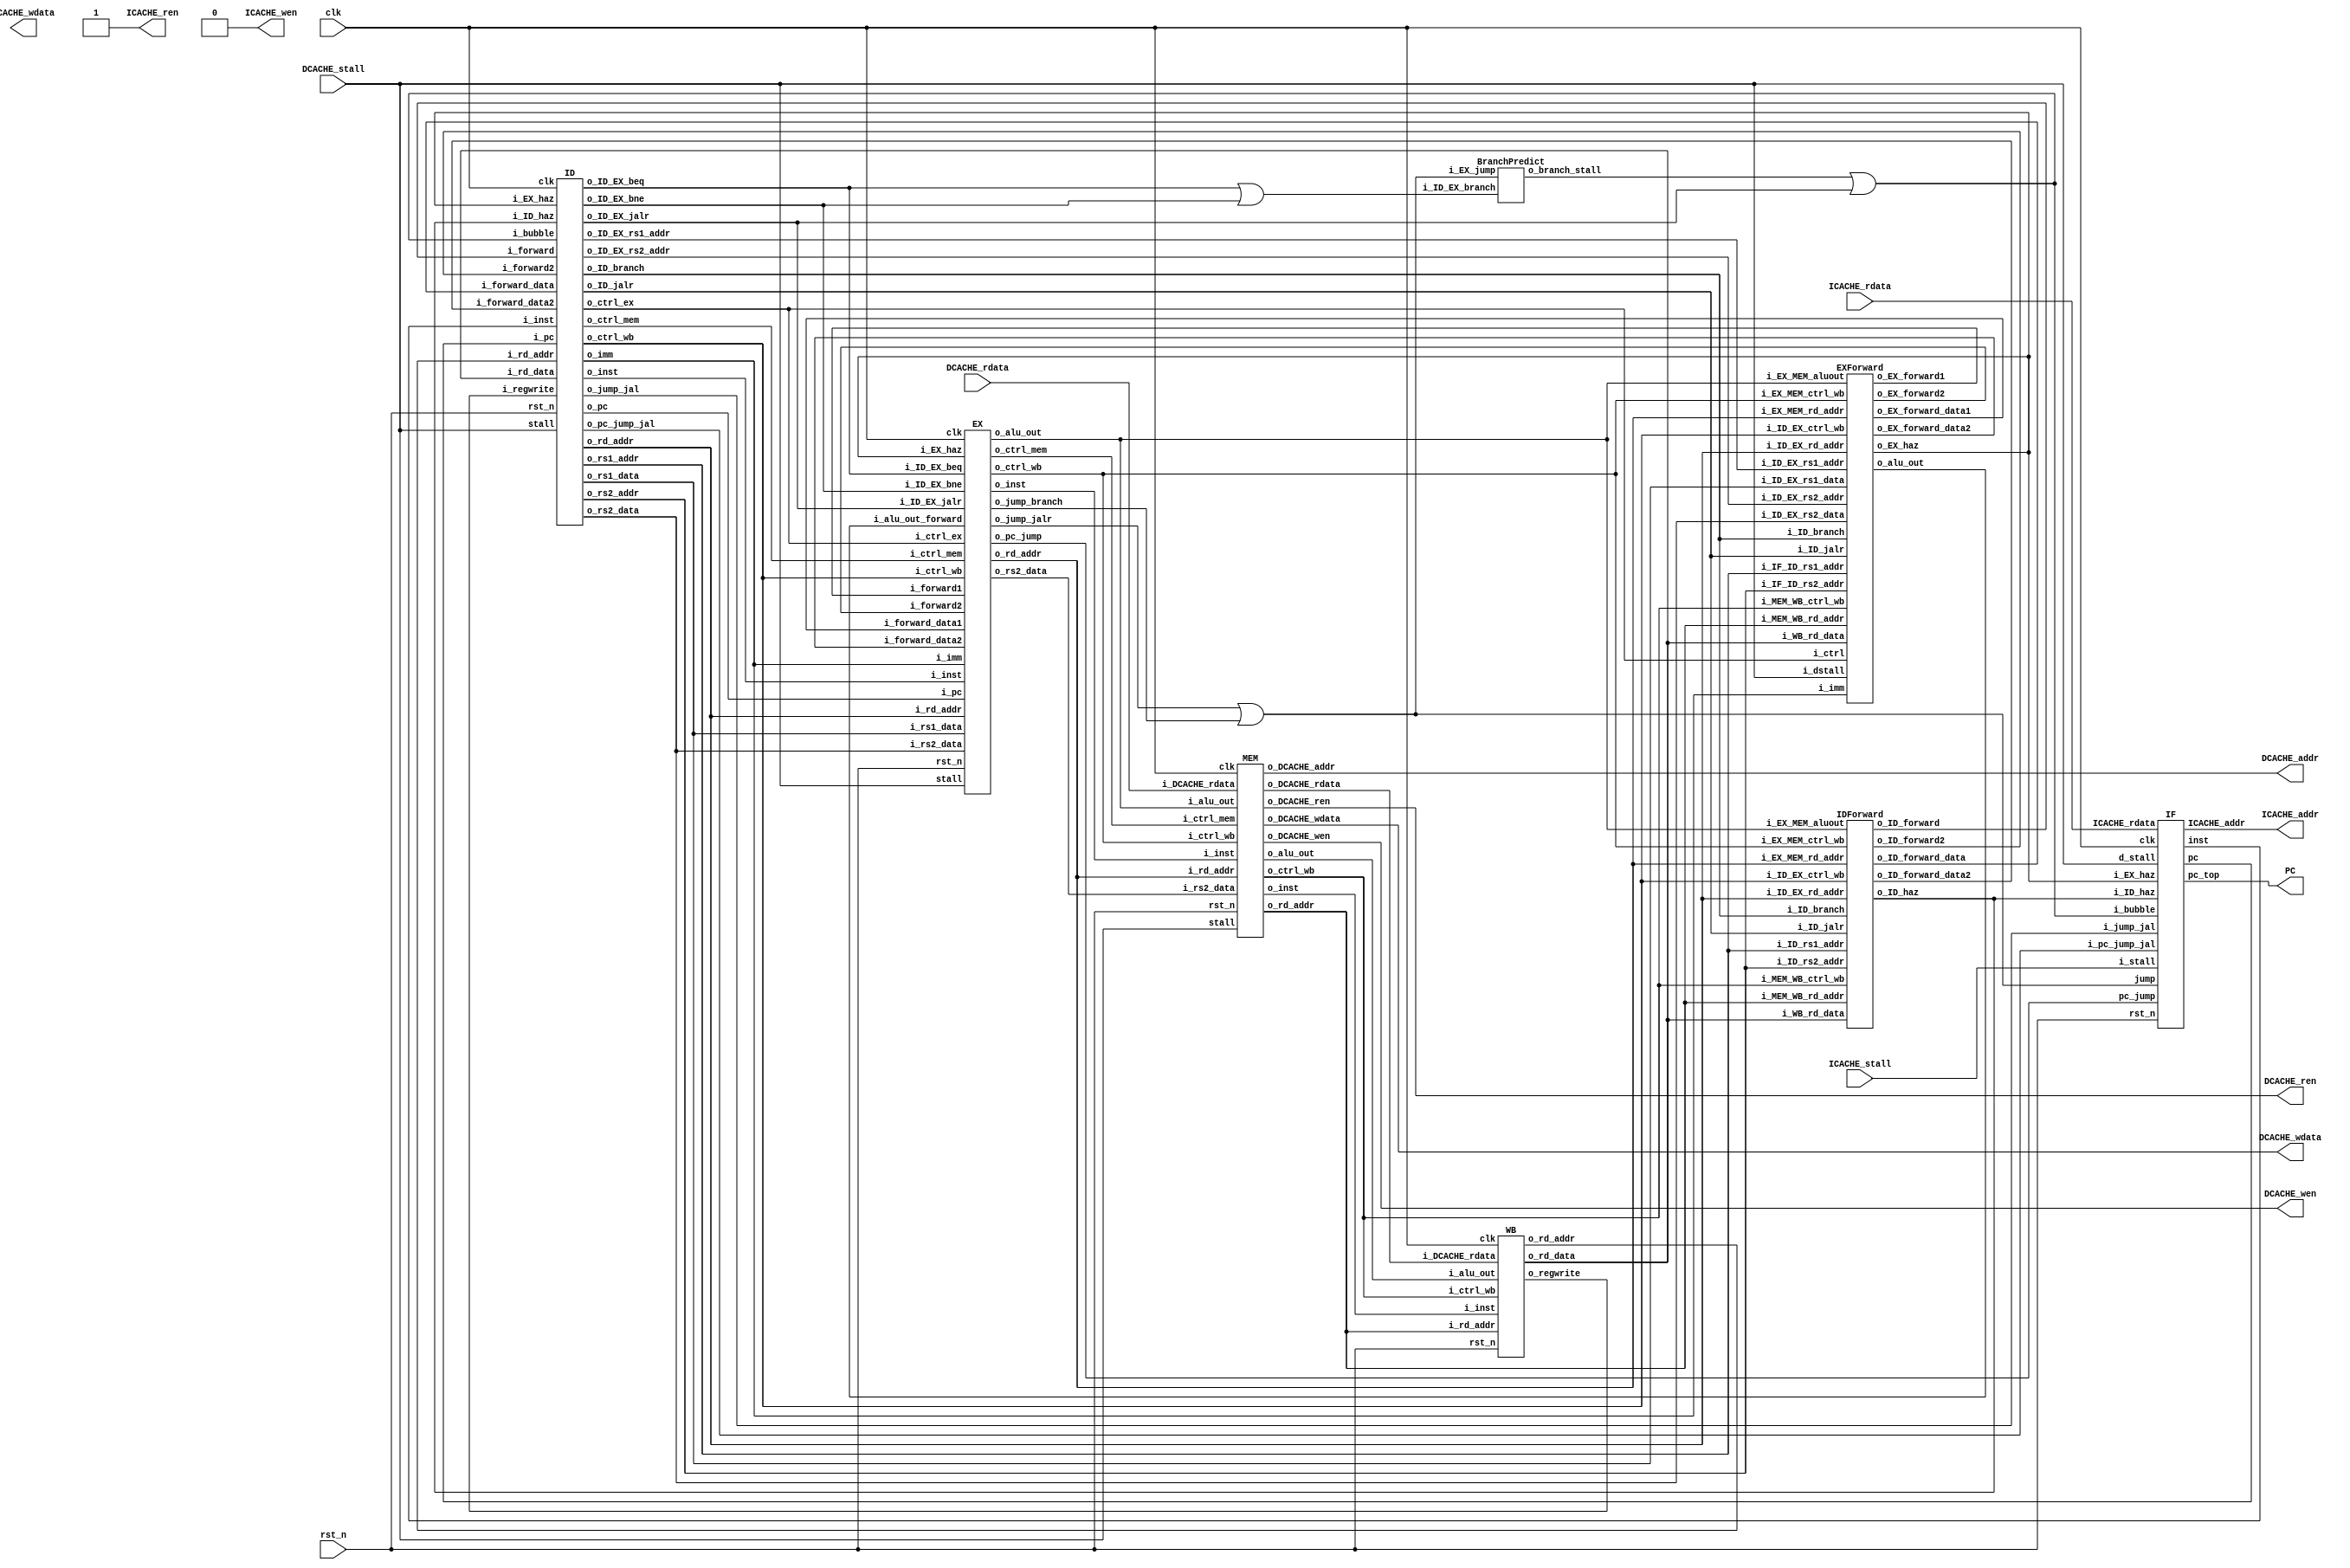
module RISCV_Pipeline (
		// control interface
		clk            ,
		rst_n          ,
//---------I cache interface-------		
		ICACHE_ren     ,
		ICACHE_wen     ,
		ICACHE_addr    ,
		ICACHE_wdata   ,
		ICACHE_stall   ,
		ICACHE_rdata   ,
//---------D cache interface-------
		DCACHE_ren     ,
		DCACHE_wen     ,
		DCACHE_addr    ,
		DCACHE_wdata   ,
		DCACHE_stall   ,
		DCACHE_rdata   ,
        PC
);

input         clk, rst_n ;
// for mem_D
output        DCACHE_wen  ;  // mem_wen_D is high, CHIP writes data to D-mem
output        DCACHE_ren  ;
input         DCACHE_stall;
output [29:0] DCACHE_addr ;  // the specific address to fetch/store data 
output [31:0] DCACHE_wdata;  // data writing to D-mem 
input  [31:0] DCACHE_rdata;  // data reading from D-mem
// for mem_I
output        ICACHE_wen  ;
output        ICACHE_ren  ;
input         ICACHE_stall;
output [29:0] ICACHE_addr ;
output [31:0] ICACHE_wdata;
input  [31:0] ICACHE_rdata;
output [31:0] PC;

assign ICACHE_ren = 1;
assign ICACHE_wen = 0;

//---------module instantiation and module wire definition-------
wire [31:0] pc_IF_ID,inst_IF_ID;
wire [31:0] pc_jump;
wire haz_ID;
//assign haz_ID = 0;
wire EX_haz;
wire branch_stall;
wire IDIF_bubble;
wire [31:0] pc_jump_jal;
wire jump_jal;
wire jump ;
//wire ID_EX_bubble;
IF instfetch(
    .clk(clk),
    .rst_n(rst_n),
    .pc_jump(pc_jump),
    .ICACHE_addr(ICACHE_addr),
    .pc(pc_IF_ID),
    .inst(inst_IF_ID),
    .jump(jump),
    .ICACHE_rdata(ICACHE_rdata),
    .i_stall(ICACHE_stall),
    .d_stall(DCACHE_stall),
    .i_ID_haz(haz_ID),
    .i_EX_haz(EX_haz),
    .pc_top(PC),
    .i_bubble(IDIF_bubble),
    .i_pc_jump_jal(pc_jump_jal),
    .i_jump_jal(jump_jal)
);

wire [31:0] pc_ID_EX;
wire [31:0] imm_ID_EX;
wire [31:0] rs1_ID_EX,rs2_ID_EX;
wire [4:0] rd_addr_WB_ID;
wire [31:0] rd_data_WB_ID;
wire [4:0] rd_ID_EX;
wire [1:0] ctrl_wb_EX_MEM,ctrl_wb_ID_EX,ctrl_wb_MEM_WB;
wire [1:0] ctrl_mem_EX_MEM,ctrl_mem_ID_EX;
wire [5:0] ctrl_ex_ID_EX;
wire [4:0] rs1_addr_ID,rs2_addr_ID;
wire [31:0] forward_data_ID,forward_data_ID2;
wire forward_ID,forward_ID2;
wire ID_jalr,ID_branch;
wire [4:0] ID_EX_rs1_addr,ID_EX_rs2_addr;
wire [31:0] inst_ID_EX,inst_EX_MEM,inst_MEM_WB;

wire ID_EX_branch; 
BranchPredict branchpre(
    .i_ID_EX_branch(ID_EX_branch),
    .i_EX_jump(jump),
    .o_branch_stall(branch_stall)
);

wire ID_EX_jalr;

ID instdec(
    .clk(clk),
    .rst_n(rst_n),
    .i_inst(inst_IF_ID),
    .i_pc(pc_IF_ID),
    .o_pc(pc_ID_EX),
    .o_imm(imm_ID_EX),
    .o_rs1_data(rs1_ID_EX),
    .o_rs2_data(rs2_ID_EX),
    .i_rd_addr(rd_addr_WB_ID),
    .i_rd_data(rd_data_WB_ID),
    .o_rd_addr(rd_ID_EX),
    .o_ctrl_wb(ctrl_wb_ID_EX),
    .o_ctrl_mem(ctrl_mem_ID_EX),
    .o_ctrl_ex(ctrl_ex_ID_EX),
    .i_regwrite(regwrite_WB_ID),
    //.o_jump(jump),
    //.o_pc_jump(pc_jump),
    .stall(DCACHE_stall),
    .o_rs1_addr(rs1_addr_ID),
    .o_rs2_addr(rs2_addr_ID),
    .i_ID_haz(haz_ID),
    .i_forward(forward_ID),
    .i_forward_data(forward_data_ID),
    .i_forward2(forward_ID2),
    .i_forward_data2(forward_data_ID2),
    .o_ID_jalr(ID_jalr),
    .o_ID_EX_rs1_addr(ID_EX_rs1_addr),
    .o_ID_EX_rs2_addr(ID_EX_rs2_addr),
    .i_EX_haz(EX_haz),
    .o_inst(inst_ID_EX),//debug
    .o_ID_branch(ID_branch),
    .i_bubble(IDIF_bubble),
    .o_ID_EX_beq(ID_EX_beq),
    .o_ID_EX_bne(ID_EX_bne),
    .o_ID_EX_jalr(ID_EX_jalr),
    .o_jump_jal(jump_jal),
    .o_pc_jump_jal(pc_jump_jal)
    //.o_ID_EX_bubble(ID_EX_bubble)
);

wire [4:0] rd_EX_MEM;
wire [31:0] alu_EX_MEM;
wire [31:0] rs2_EX_MEM;
wire EX_stall;
wire EX_forward1,EX_forward2;
wire [31:0] EX_forward_data1,EX_forward_data2;
wire [31:0] alu_out_forward;

EX exe(
    .clk(clk),
    .rst_n(rst_n),
    //from ID
    .i_pc(pc_ID_EX),
    .i_imm(imm_ID_EX),
    .i_rs1_data(rs1_ID_EX),
    .i_rs2_data(rs2_ID_EX),
    .i_rd_addr(rd_ID_EX),
    .i_ctrl_wb(ctrl_wb_ID_EX),
    .i_ctrl_mem(ctrl_mem_ID_EX),
    .i_ctrl_ex(ctrl_ex_ID_EX),
    //to MEM
    .o_ctrl_mem(ctrl_mem_EX_MEM),
    .o_ctrl_wb(ctrl_wb_EX_MEM),
    .o_rd_addr(rd_EX_MEM),
    .o_alu_out(alu_EX_MEM),
    .o_rs2_data(rs2_EX_MEM),
    .stall(DCACHE_stall),
    //from EXforward
    .i_forward_data1(EX_forward_data1),
    .i_forward_data2(EX_forward_data2),
    .i_forward1(EX_forward1),
    .i_forward2(EX_forward2),
    .i_EX_haz(EX_haz),
    .i_inst(inst_ID_EX),
    .o_inst(inst_EX_MEM),
    .i_ID_EX_beq(ID_EX_beq),
    .i_ID_EX_bne(ID_EX_bne),
    .i_ID_EX_jalr(ID_EX_jalr),
    .o_pc_jump(pc_jump),
    .o_jump_jalr(jump_jalr),
    .o_jump_branch(jump_branch),
    .i_alu_out_forward(alu_out_forward)
    //.i_ID_EX_bubble(ID_EX_bubble)
);
assign jump = (jump_jalr || jump_branch);

assign IDIF_bubble = (branch_stall || ID_EX_jalr);
assign ID_EX_branch = (ID_EX_beq || ID_EX_bne);
wire [4:0] rd_MEM_WB;
wire [31:0] alu_MEM_WB;
wire [31:0] mem_MEM_WB;
wire MEM_stall;
MEM mem0(
    .clk(clk),
    .rst_n(rst_n),
    //from EX
    .i_ctrl_mem(ctrl_mem_EX_MEM),
    .i_ctrl_wb(ctrl_wb_EX_MEM),
    .i_rd_addr(rd_EX_MEM),
    .i_alu_out(alu_EX_MEM),
    .i_rs2_data(rs2_EX_MEM),
    //to WB
    .o_ctrl_wb(ctrl_wb_MEM_WB),
    .o_rd_addr(rd_MEM_WB),
    .o_alu_out(alu_MEM_WB),
    .o_DCACHE_rdata(mem_MEM_WB),
    //D cache
    .o_DCACHE_wen(DCACHE_wen),
    .o_DCACHE_addr(DCACHE_addr),
    .o_DCACHE_wdata(DCACHE_wdata),
    .i_DCACHE_rdata(DCACHE_rdata),
    .o_DCACHE_ren(DCACHE_ren),
    .stall(DCACHE_stall),
    .i_inst(inst_EX_MEM),
    .o_inst(inst_MEM_WB)
);

WB writeback(
    .clk(clk),
    .rst_n(rst_n),
    //from MEM
    .i_ctrl_wb(ctrl_wb_MEM_WB),
    .i_rd_addr(rd_MEM_WB),
    .i_alu_out(alu_MEM_WB),
    .i_DCACHE_rdata(mem_MEM_WB),
    //to ID
    .o_regwrite(regwrite_WB_ID),
    .o_rd_addr(rd_addr_WB_ID),
    .o_rd_data(rd_data_WB_ID),
    .i_inst(inst_MEM_WB)
);

IDForward idforwd(
    .i_ID_EX_rd_addr(rd_ID_EX),
    .i_ID_EX_ctrl_wb(ctrl_wb_ID_EX),//{memtoreg,regwrite}
    .i_EX_MEM_aluout(alu_EX_MEM),
    .i_EX_MEM_rd_addr(rd_EX_MEM),
    .i_MEM_WB_rd_addr(rd_MEM_WB),
    .i_EX_MEM_ctrl_wb(ctrl_wb_EX_MEM),
    .i_MEM_WB_ctrl_wb(ctrl_wb_MEM_WB),
    .i_WB_rd_data(rd_data_WB_ID),
    .i_ID_rs1_addr(rs1_addr_ID),
    .i_ID_rs2_addr(rs2_addr_ID),
    .o_ID_forward_data(forward_data_ID), //use this data as rs1 if o_ID_forward = 1
    .o_ID_forward(forward_ID),
    .o_ID_forward2(forward_ID2),
    .o_ID_forward_data2(forward_data_ID2),
    .i_ID_jalr(ID_jalr),
    .i_ID_branch(ID_branch),
    .o_ID_haz(haz_ID)  // need to repeat in IF.ID, and add bubble to EX 
);

EXForward exforwd(
    .i_ID_EX_rs1_addr(ID_EX_rs1_addr),
    .i_ID_EX_rs2_addr(ID_EX_rs2_addr),
    .i_EX_MEM_rd_addr(rd_EX_MEM),
    .i_MEM_WB_rd_addr(rd_MEM_WB),
    .i_EX_MEM_ctrl_wb(ctrl_wb_EX_MEM),//{memtoreg,regwrite}
    .i_MEM_WB_ctrl_wb(ctrl_wb_MEM_WB),
    .i_EX_MEM_aluout(alu_EX_MEM),
    .i_WB_rd_data(rd_data_WB_ID),
    .o_EX_forward1(EX_forward1),
    .o_EX_forward2(EX_forward2),
    .o_EX_forward_data1(EX_forward_data1),
    .o_EX_forward_data2(EX_forward_data2),
    .o_EX_haz(EX_haz),
    .i_ID_EX_ctrl_wb(ctrl_wb_ID_EX),
    .i_ID_jalr(ID_jalr),
    .i_ID_branch(ID_branch),
    .i_ID_EX_rd_addr(rd_ID_EX),
    .i_IF_ID_rs1_addr(rs1_addr_ID),
    .i_IF_ID_rs2_addr(rs2_addr_ID),
    .i_dstall(DCACHE_stall),
    .i_ID_EX_rs1_data(rs1_ID_EX),
    .i_ID_EX_rs2_data(rs2_ID_EX),
    .i_ctrl(ctrl_ex_ID_EX),
    .i_imm(imm_ID_EX),
    .o_alu_out(alu_out_forward)
);
    
endmodule



module IF (
    clk,rst_n,pc_jump,ICACHE_addr,pc,inst,jump,ICACHE_rdata,i_stall,d_stall,
    i_ID_haz,i_EX_haz,pc_top,i_bubble,i_jump_jal,i_pc_jump_jal
);

input i_ID_haz;
input clk,rst_n;
input jump; //jump = 1 --> pc_w = pc_jump
input [31:0] pc_jump; // jump location
output [29:0] ICACHE_addr;
output [31:0] pc; // pc : pc pass to next stage
input [31:0] ICACHE_rdata; //inst read from ICACHE
output [31:0] inst; // inst pass to next stage
input i_stall,d_stall;
input i_EX_haz;
output [31:0] pc_top;
input i_bubble;
input i_jump_jal;
input [31:0] i_pc_jump_jal;

//---------reg and wire definition-------
reg [31:0] inst_w,inst_r;
reg [31:0] pc_w,pc_r,pc_nxtstage;

//reg bubble;
//reg bubble_before;
reg jalr_before,jalr_2cycle;
reg jal_before;
//reg haz_before;

wire [6:0] opcode = inst_w[6:0];
wire [31:0] j_imm = {{12{inst_w[31]}},inst_w[19:12],inst_w[20],inst_w[30:25],inst_w[24:21],1'b0};
wire jal = (opcode ==  7'b1101111);
wire jalr = (opcode == 7'b1100111);
wire branch = (opcode == 7'b1100011);
//---------output assignment-------
assign inst = inst_r;
assign pc = pc_nxtstage;
assign ICACHE_addr = pc_r[31:2];
assign pc_top = pc_r;

//---------combinational circuit-------
wire [31:0] pc_notjump,pc_plus;
assign pc_notjump = pc_r + 4;
//pc_w
always @(*) begin
    if (jump) 
        pc_w = pc_jump;
    else if (i_jump_jal)
        pc_w = i_pc_jump_jal;
    else if(jalr_before || jalr || jal)begin
        pc_w = pc_r;
    end
    else begin
        pc_w = pc_notjump;
    end
end
//inst_w
always @(*) begin
    //if (bubble || i_stall || (bubble_before && haz_before)) 
    if (i_stall || i_bubble || jal_before) 
        inst_w = 32'h13; //NOP
    else
        inst_w = {ICACHE_rdata[7:0],ICACHE_rdata[15:8],ICACHE_rdata[23:16],ICACHE_rdata[31:24]};
end
localparam NOP = 32'h13;
wire [31:0] ICACHE_rdata_modify = {ICACHE_rdata[7:0],ICACHE_rdata[15:8],ICACHE_rdata[23:16],ICACHE_rdata[31:24]};

//---------sequential circuit-------

reg jalr_before_w,jalr_2cycle_w,jal_before_w;
always @(*) begin
    if (i_ID_haz || i_EX_haz) begin
        jalr_before_w = jalr_before;
        jalr_2cycle_w = jalr_2cycle;
        jal_before_w = jal_before;
    end
    else begin
        jalr_before_w = jalr;
        jalr_2cycle_w = jalr_before;
        jal_before_w = jal;
    end
end

always @(posedge clk or negedge rst_n) begin
    if (!rst_n)begin
        jalr_before <= 0;
        jalr_2cycle <=0;
        jal_before <= 0;
    end
    else begin
        jalr_before <= jalr_before_w;
        jalr_2cycle <= jalr_2cycle_w;
        jal_before <= jal_before_w;
    end
end

reg [31:0] pc_w_verified;
reg [31:0] inst_w_verified;
reg [31:0] pc_nxtstage_w;

always @(*) begin
    if (i_ID_haz || i_EX_haz)begin
        inst_w_verified = inst_r;
        pc_w_verified = pc_r;
        pc_nxtstage_w = pc_nxtstage;
    end

    else if (i_stall || jalr)begin
        if (jump)
            pc_w_verified = pc_w;
        else 
            pc_w_verified = pc_r;
        inst_w_verified = inst_w;
        pc_nxtstage_w = pc_r;
    end
    else if (d_stall)begin
        pc_w_verified = pc_r;
        inst_w_verified = inst_r;
        pc_nxtstage_w = pc_nxtstage; 
    end
    else begin
        pc_w_verified = pc_w;
        pc_nxtstage_w = pc_r;
        inst_w_verified = inst_w;
    end
end

always @(posedge clk or negedge rst_n) begin
    if(!rst_n)begin
        pc_r <= 0;
        inst_r <= 0;
        pc_nxtstage <= 0;
    end
    else begin
        pc_r <= pc_w_verified;
        inst_r <= inst_w_verified;
        pc_nxtstage <= pc_nxtstage_w;
    end
end

// always @(posedge clk or negedge rst_n) begin
//     //bubble_before <= bubble;
//     //haz_before <= (i_ID_haz||i_EX_haz);
//     if (!rst_n) begin
//         pc_r <= 0;
//     end
//     else begin
//         if (i_ID_haz || i_EX_haz)begin
//             inst_r <= inst_r;
//             pc_r <= pc_r;
//             pc_nxtstage <= pc_nxtstage;
//         end

//         else if (i_stall || jalr)begin
//             if (jump)
//                 pc_r <= pc_w;
//             else 
//                 pc_r <= pc_r;
//             inst_r <= inst_w;
//             pc_nxtstage <= pc_r;
//         end
//         else if (d_stall)begin
//             pc_r <= pc_r;
//             inst_r <= inst_r;
//             pc_nxtstage <= pc_nxtstage; 
//         end
//         else begin
//             pc_r <= pc_w;
//             pc_nxtstage <= pc_r;
//             inst_r <= inst_w;
//         end
//     end
// end

endmodule

module ID (
    clk,
    rst_n,
    //from ID
    i_inst,
    i_pc,
    //to EX
    o_pc,
    o_imm,
    o_rs1_data,
    o_rs2_data,
    //from WB
    i_rd_addr,
    i_rd_data,
    //to EX
    o_rd_addr,
    o_ctrl_wb,
    o_ctrl_mem,
    o_ctrl_ex,
    //from WB ctrl
    i_regwrite,
    //to IF stage
    o_jump,
    o_pc_jump,
    //stall
    stall,
    // to jalrforward
    o_rs1_addr,
    o_rs2_addr,
    o_ID_jalr,
    o_ID_branch,
    //from jalrforward
    i_ID_haz,
    i_forward,
    i_forward_data,
    i_forward2,
    i_forward_data2,
    //to EXforward
    o_ID_EX_rs1_addr,
    o_ID_EX_rs2_addr,
    //from EXforward
    i_EX_haz,
    o_inst,
    o_ID_EX_beq,
    o_ID_EX_bne,
    o_ID_EX_jalr,
    i_bubble,
    o_jump_jal,
    o_pc_jump_jal
    //o_ID_EX_bubble
);
input clk;
input rst_n;
input [31:0] i_inst;
input [31:0] i_pc;
output reg [31:0] o_pc;
output reg [31:0] o_imm;
output reg [31:0] o_rs1_data,o_rs2_data;
input [4:0] i_rd_addr;
input [31:0] i_rd_data;
output reg [4:0] o_rd_addr;
output reg [1:0] o_ctrl_wb; //{memtoreg,regwrite} for next state
output reg [1:0] o_ctrl_mem; //{memwrite} for next state
output reg [5:0] o_ctrl_ex; //{alupc,aluctrl[3:0],alusrc} for next state
input i_regwrite; // i_regwrite = 1 when need to write back
output reg o_jump; //=1 when pc_nxt = pc_jump
output [31:0] o_pc_jump;
input stall;
output [4:0] o_rs1_addr,o_rs2_addr;
input i_forward,i_forward2;
input [31:0] i_forward_data,i_forward_data2;
input i_ID_haz;
output  o_ID_jalr;
output reg [4:0] o_ID_EX_rs1_addr,o_ID_EX_rs2_addr;
input i_EX_haz;
output reg [31:0] o_inst;
output  o_ID_branch;
output reg o_ID_EX_beq,o_ID_EX_bne;
output reg o_ID_EX_jalr;
input i_bubble;
output reg o_jump_jal;
output reg [31:0] o_pc_jump_jal;
//output reg o_ID_EX_bubble;
//---------reg and wire definition-------


reg jal;      // this stage //not used now
reg jalr;     // this stage
reg branch;   // this stage
reg memtoreg; // wb stage
reg memwrite; // mem stage
reg memread;  // mem stage
reg alusrc;   // ex stage
reg alupc;    // ex stage, alupc = 1 when jal or jalr(write pc+4 to reg)
reg regwrite; // wb stage
reg rs_equal; // this stage
reg [3:0] aluctrl; //ex stage

wire [31:0] i_imm,s_imm,b_imm,j_imm;
reg [31:0] imm_w;
wire [6:0] opcode ;
wire [2:0] funct3;
wire [4:0] rd_addr;
wire [4:0] rs1,rs2; 
wire bubble = (i_ID_haz || i_EX_haz || i_bubble);
wire [1:0] ctrl_wb_w = (i_ID_haz || i_EX_haz || i_bubble)? 0 : {memtoreg,regwrite};
wire [1:0] ctrl_mem_w = (i_ID_haz || i_EX_haz || i_bubble)? 0 : {memread,memwrite};
wire [5:0] ctrl_ex_w = (i_ID_haz || i_EX_haz || i_bubble)? 0 : {alupc,aluctrl,alusrc};
wire [31:0] rs1_data,rs2_data;

reg [31:0] rs1_data_revised,rs2_data_revised;

reg_file reg0(
                .clk  (clk) , 
                .rst_n(rst_n) , 
                .wen  (i_regwrite) , 
                .a1   (rs1) , 
                .a2   (rs2) , 
                .aw   (i_rd_addr) , 
                .d    (i_rd_data) , 
                .q1   (rs1_data) , 
                .q2   (rs2_data) );

assign i_imm = {{21{i_inst[31]}},i_inst[30:25],i_inst[24:21],i_inst[20]};
assign s_imm = {{21{i_inst[31]}},i_inst[30:25],i_inst[11:8],i_inst[7]};
assign b_imm = {{20{i_inst[31]}},i_inst[7],i_inst[30:25],i_inst[11:8],1'b0};
assign j_imm = {{12{i_inst[31]}},i_inst[19:12],i_inst[20],i_inst[30:25],i_inst[24:21],1'b0};

assign opcode = i_inst[6:0];
assign funct3 = i_inst[14:12];
assign rd_addr = i_inst[11:7];
assign rs1 = i_inst[19:15];
assign rs2 = i_inst[24:20];
assign o_rs1_addr = rs1;
assign o_rs2_addr = rs2;
assign o_ID_jalr = jalr;
assign o_ID_branch = branch;
//aluctrl param
localparam ALU_ADD = 4'b0000;
localparam ALU_SUB = 4'b0001;
localparam ALU_AND = 4'b0010;
localparam ALU_OR =  4'b0011;
localparam ALU_SLT = 4'b0100;
localparam ALU_XOR = 4'b0101;
localparam ALU_SLL = 4'b0110;
localparam ALU_SRA = 4'b0111;
localparam ALU_SRL = 4'b1000;

always @(*) begin
    if(i_forward)
        rs1_data_revised = i_forward_data;
    else if (i_rd_addr && i_rd_addr == rs1)
        rs1_data_revised = i_rd_data;
    else 
        rs1_data_revised = rs1_data;
end
always @(*) begin
    if(i_forward2)
        rs2_data_revised = i_forward_data2;
    else if (i_rd_addr && i_rd_addr == rs2)
        rs2_data_revised = i_rd_data;
    else
        rs2_data_revised = rs2_data;
end

//ctrl and imm
always @(*) begin
    jal = 0;
    jalr = 0;
    branch = 0;
    memtoreg = 0;
    memwrite = 0;
    alusrc = 0;
    regwrite = 0;
    memread = 0;
    alupc = 0;
    case (opcode)
        7'b0110011:begin//arith
            imm_w = i_imm;//dont care
            regwrite = 1;
        end 
        7'b0010011:begin //arith,i type
            imm_w = i_imm;
            alusrc = 1;
            regwrite = 1;
        end
        7'b0000011:begin//load
            imm_w = i_imm;
            alusrc = 1;
            memtoreg = 1;
            regwrite = 1;
            memread = 1;
        end
        7'b0100011:begin//store
            imm_w = s_imm;
            alusrc = 1;
            memwrite = 1;
        end
        7'b1100011:begin//branch
            imm_w = b_imm;
            branch = 1;
            alusrc = 1;
        end
        7'b1100111:begin//jalr
            imm_w = i_imm;
            jalr = 1;
            regwrite = 1;
            alupc = 1;
        end
        7'b1101111:begin//jal
            imm_w = j_imm;
            jal = 1;
            regwrite = 1;
            alupc = 1;
        end
        default: begin
            imm_w = 0;
        end
    endcase
end
always @(*) begin
    o_jump_jal = jal;
    o_pc_jump_jal = i_pc + imm_w;
end

//aluctrl
always @(*) begin
    case (opcode)
        7'b0000011:aluctrl = ALU_ADD; // load
        7'b0100011:aluctrl = ALU_ADD; // store
        7'b1100111:aluctrl = ALU_ADD; //jalr
        7'b1101111:aluctrl = ALU_ADD; //jal,dont care
        //7'b1100011:aluctrl = ALU_SUB; // branch,actually dont care
        default: begin //arith
            case (funct3)
                3'b000: aluctrl = (i_inst[30] && opcode[5])? ALU_SUB:ALU_ADD;
                3'b001: aluctrl = ALU_SLL;
                3'b010: aluctrl = ALU_SLT;
                3'b100: aluctrl = ALU_XOR;
                3'b101: aluctrl = (i_inst[30])? ALU_SRA : ALU_SRL;
                3'b110: aluctrl = ALU_OR;
                3'b111: aluctrl = ALU_AND;
                default: aluctrl = 0;
            endcase
        end
    endcase
end

reg [31:0] sum_pc_a;
//o_pc_jump
always @(*) begin
    if(jalr)begin
        sum_pc_a = rs1_data_revised;
    end
    else 
        sum_pc_a = i_pc;
end
assign o_pc_jump = sum_pc_a + imm_w;

//o_jump
always @(*) begin
    rs_equal = (rs1_data_revised == rs2_data_revised);
    o_jump = (jalr || (branch && (funct3[0] ^ rs_equal))  && !i_ID_haz); //funct3[0] : BEQ = 0, BNE = 1
end

reg [31:0] o_pc_w,o_imm_w,o_rs1_data_w,o_rs2_data_w;
reg [4:0] o_rd_addr_w;
reg [5:0] o_ctrl_ex_w;
reg [1:0] o_ctrl_mem_w;
reg [1:0] o_ctrl_wb_w;
reg [31:0] o_inst_w;
reg [4:0] o_ID_EX_rs1_addr_w,o_ID_EX_rs2_addr_w;
reg o_ID_EX_beq_w,o_ID_EX_bne_w;
reg o_ID_EX_jalr_w;
//reg o_ID_EX_bubble_w;

always @(*) begin
    if (stall)begin
        o_ID_EX_beq_w = o_ID_EX_beq;
        o_ID_EX_bne_w = o_ID_EX_bne;
        o_pc_w = o_pc;
        o_imm_w = o_imm;
        o_rs1_data_w = o_rs1_data;
        o_rs2_data_w = o_rs2_data;
        o_rd_addr_w = o_rd_addr;
        o_ctrl_wb_w = o_ctrl_wb;
        o_ctrl_ex_w = o_ctrl_ex;
        o_ctrl_mem_w = o_ctrl_mem;
        o_inst_w = o_inst;
        o_ID_EX_rs1_addr_w = o_ID_EX_rs1_addr;
        o_ID_EX_rs2_addr_w = o_ID_EX_rs2_addr;
        o_ID_EX_jalr_w = o_ID_EX_jalr;
        //o_ID_EX_bubble_w = o_ID_EX_bubble;
    end
    else begin
        o_pc_w = i_pc;
        o_imm_w = imm_w;
        o_rs1_data_w = rs1_data_revised;
        o_rs2_data_w = rs2_data_revised;
        o_rd_addr_w = rd_addr;
        o_ctrl_wb_w = ctrl_wb_w;
        o_ctrl_ex_w = ctrl_ex_w;
        o_ctrl_mem_w = ctrl_mem_w;
        //o_ID_EX_bubble_w = bubble;
        if (i_ID_haz || i_EX_haz || i_bubble) begin
            o_inst_w = 32'h13;
            o_ID_EX_jalr_w = 0;
            o_ID_EX_beq_w = 0;
            o_ID_EX_bne_w = 0;
        end
        else begin
            o_inst_w = i_inst;
            o_ID_EX_beq_w = (branch && !funct3[0]);
            o_ID_EX_bne_w = (branch &&  funct3[0]);
            o_ID_EX_jalr_w = jalr;
        end
        o_ID_EX_rs1_addr_w = rs1;
        o_ID_EX_rs2_addr_w = rs2;
    end
end

always @(posedge clk or negedge rst_n) begin
    if (!rst_n)begin
        o_pc <= 0;
        o_imm <= 0;
        o_rs1_data <= 0;
        o_rs2_data <= 0;
        o_rd_addr <= 0;
        o_ctrl_wb <= 0;
        o_ctrl_ex <= 0;
        o_ctrl_mem <= 0;
        o_inst <= 0;
        o_ID_EX_rs1_addr <= 0;
        o_ID_EX_rs2_addr <= 0;
        o_ID_EX_beq <= 0;
        o_ID_EX_bne <= 0;
        o_ID_EX_jalr <= 0;
        //o_ID_EX_bubble <= 0;
    end
    else begin
        o_pc <= o_pc_w;
        o_imm <= o_imm_w;
        o_rs1_data <= o_rs1_data_w;
        o_rs2_data <= o_rs2_data_w;
        o_rd_addr <= o_rd_addr_w;
        o_ctrl_wb <= o_ctrl_wb_w;
        o_ctrl_ex <= o_ctrl_ex_w;
        o_ctrl_mem <= o_ctrl_mem_w;
        o_inst <= o_inst_w;
        o_ID_EX_rs1_addr <= o_ID_EX_rs1_addr_w;
        o_ID_EX_rs2_addr <= o_ID_EX_rs2_addr_w;
        o_ID_EX_beq <= o_ID_EX_beq_w;
        o_ID_EX_bne <= o_ID_EX_bne_w;
        o_ID_EX_jalr <= o_ID_EX_jalr_w;
        //o_ID_EX_bubble <= o_ID_EX_bubble_w;
    end
end
    
endmodule


module EX (
    clk,
    rst_n,
    //from ID
    i_pc,
    i_imm,
    i_rs1_data,
    i_rs2_data,
    i_rd_addr,
    i_ctrl_wb,
    i_ctrl_mem,
    i_ctrl_ex,
    //to MEM
    o_ctrl_mem,
    o_ctrl_wb,
    o_rd_addr,
    o_alu_out,
    o_rs2_data,
    //stall
    stall,
    //from EXforward
    i_forward1,
    i_forward2,
    i_forward_data1,
    i_forward_data2,
    i_EX_haz,
    i_inst,
    o_inst,
    i_ID_EX_beq,
    i_ID_EX_bne,
    i_ID_EX_jalr,
    o_pc_jump,
    o_jump_jalr,
    o_jump_branch,
    i_alu_out_forward
    //i_ID_EX_bubble
);

input clk,rst_n;
input [31:0] i_pc;
input [31:0] i_imm;
input [31:0] i_rs1_data,i_rs2_data;
input [4:0] i_rd_addr;
input [5:0] i_ctrl_ex;
input [1:0] i_ctrl_mem;
input [1:0] i_ctrl_wb;
input stall;
input i_forward1,i_forward2;
input [31:0] i_forward_data1,i_forward_data2;
input i_EX_haz;
input [31:0] i_inst;
input i_ID_EX_beq,i_ID_EX_bne;
input i_ID_EX_jalr;
input [31:0] i_alu_out_forward;
//input i_ID_EX_bubble;

output reg [1:0] o_ctrl_mem;
output reg [1:0] o_ctrl_wb;
output reg [4:0] o_rd_addr;
output reg [31:0] o_rs2_data;
output reg [31:0] o_alu_out;
output reg [31:0] o_inst;
output reg [31:0] o_pc_jump;
output reg o_jump_jalr,o_jump_branch;

reg [31:0] alu_in2,alu_in1;
reg [31:0] alu_out;
wire alusrc = i_ctrl_ex[0];
wire alupc = i_ctrl_ex[5];
wire [3:0] aluctrl = i_ctrl_ex[4:1];

//ALU alu0(.in1(alu_in1),.in2(alu_in2),.out(alu_out),.ctrl(aluctrl));

reg [31:0] rs2_data_revised,rs1_data_revised;
always @(*) begin
    if(i_forward2)
        rs2_data_revised = i_forward_data2;
    else 
        rs2_data_revised = i_rs2_data;
end
always @(*) begin
    if(i_forward1)
        rs1_data_revised = i_forward_data1;
    else
        rs1_data_revised = i_rs1_data;
end 

always @(*) begin
    begin
        if(alupc)begin
            alu_out = i_pc + 4;
        end
        else begin
            alu_out = i_alu_out_forward;
        end
    end
end


wire rs_equal = (i_rs1_data == i_rs2_data);
always @(*) begin
    if((i_ID_EX_beq && rs_equal) || (i_ID_EX_bne && !rs_equal))
        o_jump_branch = 1;
    else 
        o_jump_branch = 0;
end
always @(*) begin
    o_jump_jalr = i_ID_EX_jalr;
end
wire [31:0] pc_jump_a = (i_ID_EX_jalr)? i_rs1_data : i_pc;
always @(*) begin
    o_pc_jump = pc_jump_a + i_imm;
end

reg [1:0] o_ctrl_mem_w;
reg [1:0] o_ctrl_wb_w;
reg [4:0] o_rd_addr_w;
reg [31:0] o_alu_out_w;
reg [31:0] o_rs2_data_w;
reg [31:0] o_inst_w;

always @(*) begin
    if (stall)begin
        o_ctrl_mem_w = o_ctrl_mem;
        o_ctrl_wb_w = o_ctrl_wb;
        o_rd_addr_w = o_rd_addr;
        o_alu_out_w = o_alu_out;
        o_rs2_data_w = o_rs2_data;
        o_inst_w = o_inst;
    end
    else begin
        o_ctrl_mem_w = i_ctrl_mem;
        o_ctrl_wb_w = i_ctrl_wb;
        o_rd_addr_w = i_rd_addr;
        o_alu_out_w = alu_out;
        o_rs2_data_w = rs2_data_revised;
        o_inst_w = i_inst;
    end
end

always @(posedge clk or negedge rst_n) begin
    if (!rst_n)begin
        o_ctrl_mem <= 0;
        o_ctrl_wb <= 0;
        o_rd_addr <= 0;
        o_alu_out <= 0;
        o_rs2_data <= 0;
        o_inst <= 0;
    end
    else begin
        o_ctrl_mem <= o_ctrl_mem_w;
        o_ctrl_wb <= o_ctrl_wb_w;
        o_rd_addr <= o_rd_addr_w;
        o_alu_out <= o_alu_out_w;
        o_rs2_data <= o_rs2_data_w;
        o_inst <= o_inst_w;
    end
    
end
    
endmodule

module MEM (
    clk,
    rst_n,
    //from EX
    i_ctrl_mem,
    i_ctrl_wb,
    i_rd_addr,
    i_alu_out,
    i_rs2_data,
    //to WB
    o_ctrl_wb,
    o_rd_addr,
    o_alu_out,
    o_DCACHE_rdata,
    //D cache
    o_DCACHE_wen,
    o_DCACHE_addr,
    o_DCACHE_wdata,
    i_DCACHE_rdata,
    o_DCACHE_ren,
    //stall
    stall,
    i_inst,
    o_inst
);
input clk,rst_n;
input [1:0] i_ctrl_mem;//{memread,memwrite}
input [1:0] i_ctrl_wb;
input [4:0] i_rd_addr;
input [31:0] i_alu_out;
input [31:0] i_rs2_data;
input stall;
input [31:0] i_inst;

output reg [1:0] o_ctrl_wb;
output reg [4:0] o_rd_addr;
output reg [31:0] o_alu_out;
output reg [31:0] o_inst;

output reg [31:0] o_DCACHE_rdata;
output o_DCACHE_wen,o_DCACHE_ren;
output [29:0] o_DCACHE_addr;
output [31:0] o_DCACHE_wdata;
input [31:0] i_DCACHE_rdata;

assign o_DCACHE_wen = i_ctrl_mem[0];
assign o_DCACHE_ren = i_ctrl_mem[1];
assign o_DCACHE_addr = i_alu_out[31:2];
assign o_DCACHE_wdata = {i_rs2_data[7:0],i_rs2_data[15:8],i_rs2_data[23:16],i_rs2_data[31:24]};

reg [1:0] o_ctrl_wb_w;
reg [4:0] o_rd_addr_w;
reg [31:0] o_alu_out_w;
reg [31:0] o_DCACHE_rdata_w;
reg [31:0] o_inst_w;

always @(*) begin
    if (stall)begin
        o_ctrl_wb_w = o_ctrl_wb;
        o_rd_addr_w = o_rd_addr;
        o_alu_out_w = o_alu_out;
        o_DCACHE_rdata_w = o_DCACHE_rdata;
        o_inst_w = o_inst;
    end
    else begin
        o_ctrl_wb_w = i_ctrl_wb;
        o_rd_addr_w = i_rd_addr;
        o_alu_out_w = i_alu_out;
        o_DCACHE_rdata_w = {i_DCACHE_rdata[7:0],i_DCACHE_rdata[15:8],i_DCACHE_rdata[23:16],i_DCACHE_rdata[31:24]};
        o_inst_w = i_inst;
    end
end

always @(posedge clk or negedge rst_n) begin
    if (!rst_n)begin
        o_ctrl_wb <= 0;
        o_rd_addr <= 0;
        o_alu_out <= 0;
        o_DCACHE_rdata <= 0;
        o_inst <= 0;
    end
    else begin
        o_ctrl_wb <= o_ctrl_wb_w;
        o_rd_addr <= o_rd_addr_w;
        o_alu_out <= o_alu_out_w;
        o_DCACHE_rdata <= o_DCACHE_rdata_w;
        o_inst <= o_inst_w;
    end
end
    
endmodule

module WB (
    clk,
    rst_n,
    //from MEM
    i_ctrl_wb, //{memtoreg,regwrite}
    i_rd_addr,
    i_alu_out,
    i_DCACHE_rdata,
    //to ID
    o_regwrite,
    o_rd_addr,
    o_rd_data,
    i_inst
);

input clk,rst_n;
input [1:0] i_ctrl_wb;
input [4:0] i_rd_addr;
input [31:0] i_alu_out;
input [31:0] i_DCACHE_rdata;
input [31:0] i_inst;

output o_regwrite;
output [4:0] o_rd_addr;
output [31:0] o_rd_data;

wire memtoreg = i_ctrl_wb[1];

assign o_regwrite = i_ctrl_wb[0];
assign o_rd_addr = i_rd_addr;
assign o_rd_data = (memtoreg)? i_DCACHE_rdata:i_alu_out;
    
endmodule



module reg_file(clk, rst_n, wen, a1, a2, aw, d, q1, q2);
   
    parameter BITS = 32;
    parameter word_depth = 32;
    parameter addr_width = 5; // 2^addr_width >= word_depth
    
    input clk, rst_n, wen; // wen: 0:read | 1:write
    input [BITS-1:0] d;
    input [addr_width-1:0] a1, a2, aw;

    output [BITS-1:0] q1, q2;

    reg [BITS-1:0] mem [0:word_depth-1];
    reg [BITS-1:0] mem_nxt [0:word_depth-1];

    integer i;

    assign q1 = mem[a1];
    assign q2 = mem[a2];

    always @(*) begin
        for (i=0; i<word_depth; i=i+1)
            mem_nxt[i] = (wen && (aw == i)) ? d : mem[i];
    end

    always @(posedge clk or negedge rst_n) begin
        if (!rst_n) begin
            mem[0] <= 0;
            for (i=1; i<word_depth; i=i+1) begin
                /*
                case(i)
                    32'd2: mem[i] <= 32'hbffffff0;
                    32'd3: mem[i] <= 32'h10008000;
                    default: mem[i] <= 32'h0;
                endcase
                */
                mem[i] <= 32'h0;
            end
        end
        else begin
            mem[0] <= 0;
            for (i=1; i<word_depth; i=i+1)
                mem[i] <= mem_nxt[i];
        end       
    end
endmodule

module ALU (
    in1,in2,out,ctrl
);
input [31:0] in1,in2;
output reg [31:0] out;
input [3:0] ctrl;

//ctrl param
localparam ALU_ADD = 4'b0000;
localparam ALU_SUB = 4'b0001;
localparam ALU_AND = 4'b0010;
localparam ALU_OR =  4'b0011;
localparam ALU_SLT = 4'b0100;
localparam ALU_XOR = 4'b0101;
localparam ALU_SLL = 4'b0110;
localparam ALU_SRA = 4'b0111;
localparam ALU_SRL = 4'b1000;
wire [31:0] sub = in1 - in2;

always @(*) begin
    case (ctrl)
        ALU_ADD: out = in1 + in2;
        ALU_SUB: out = sub;
        ALU_AND: out = in1 & in2;
        ALU_OR : out = in1 | in2;
        ALU_SLT: out = (sub[31]);
        ALU_XOR: out = in1 ^ in2;
        ALU_SLL: out = in1 << in2;
        ALU_SRA: out = $signed(in1) >>> in2;
        ALU_SRL: out = in1 >> in2; 
        default: out = in1 + in2; 
    endcase
end
    
endmodule

module ALU_simple (
    in1,in2,out,ctrl
);
input [31:0] in1,in2;
output reg [31:0] out;
input [3:0] ctrl;

//ctrl param
localparam ALU_ADD = 4'b0000;
localparam ALU_SUB = 4'b0001;
localparam ALU_SLT = 4'b0100;
reg [31:0] in2_modify;
wire [31:0] in2_neg = ~in2 + 1;
wire [31:0] sum = in1 + in2_modify;

always @(*) begin
    case (ctrl)
        ALU_ADD:begin
            in2_modify = in2;
            out = sum;
        end 
        ALU_SUB:begin
            in2_modify = in2_neg;
            out = sum;
        end 
        ALU_SLT:begin
            in2_modify = in2_neg;
            out = (sum[31]);
        end 
        default: begin
            in2_modify = in2;
            out = sum;
        end  
    endcase
end
    
endmodule

module ALU_fast (
    in1,in2,out,ctrl
);
input [31:0] in1,in2;
output reg [31:0] out;
input [3:0] ctrl;

//ctrl param
localparam ALU_ADD = 4'b0000;
localparam ALU_SUB = 4'b0001;
localparam ALU_AND = 4'b0010;
localparam ALU_OR =  4'b0011;
localparam ALU_SLT = 4'b0100;
localparam ALU_XOR = 4'b0101;
localparam ALU_SLL = 4'b0110;
localparam ALU_SRA = 4'b0111;
localparam ALU_SRL = 4'b1000;

always @(*) begin
    case (ctrl)
        ALU_AND: out = in1 & in2;
        ALU_OR : out = in1 | in2;
        ALU_XOR: out = in1 ^ in2;
        ALU_SLL: out = in1 << in2;
        ALU_SRA: out = $signed(in1) >>> in2;
        ALU_SRL: out = in1 >> in2; 
        default: out = in1 & in2; 
    endcase
end
    
endmodule

module IDForward (
    i_ID_EX_rd_addr,
    i_ID_EX_ctrl_wb,//{memtoreg,regwrite}
    i_EX_MEM_aluout,
    i_EX_MEM_rd_addr,
    i_MEM_WB_rd_addr,
    i_EX_MEM_ctrl_wb,
    i_MEM_WB_ctrl_wb,
    i_WB_rd_data,
    i_ID_rs1_addr,
    i_ID_rs2_addr,
    o_ID_forward_data, //use this data as rs1 if o_ID_forward = 1
    o_ID_forward,
    o_ID_forward_data2,
    o_ID_forward2,
    i_ID_jalr,
    i_ID_branch,
    o_ID_haz // do not happen in real life? (do not load an address then jalr to it normally) // need to repeat in IF.ID, and add bubble to EX 
);

input [31:0] i_WB_rd_data;
input [31:0] i_EX_MEM_aluout;
input [4:0] i_EX_MEM_rd_addr,i_MEM_WB_rd_addr,i_ID_EX_rd_addr;
input [1:0] i_ID_EX_ctrl_wb,i_EX_MEM_ctrl_wb,i_MEM_WB_ctrl_wb;
input [4:0] i_ID_rs1_addr,i_ID_rs2_addr;
output reg [31:0] o_ID_forward_data,o_ID_forward_data2;
output reg o_ID_forward,o_ID_forward2;
output o_ID_haz;
input i_ID_jalr;
input i_ID_branch;
reg haz1,haz2;
assign o_ID_haz = haz1 || haz2;
always @(*) begin
    o_ID_forward_data = 0;
    o_ID_forward = 0;
    haz1 = 0;
    if(i_ID_jalr || i_ID_branch)begin
        if(i_ID_rs1_addr) begin
            if(i_ID_EX_ctrl_wb[0] && (i_ID_EX_rd_addr == i_ID_rs1_addr))begin
                //$display("how come? jalr right after assign that reg");
                haz1 = 1;
            end
            else if (i_EX_MEM_ctrl_wb[0] && (i_EX_MEM_rd_addr == i_ID_rs1_addr))begin
                if(i_EX_MEM_ctrl_wb[1]) begin
                    //$display("how come? jalr to a load data");
                    haz1 = 1;
                end
                else begin
                    o_ID_forward = 1;
                    o_ID_forward_data = i_EX_MEM_aluout;
                end
            end
            else if (i_MEM_WB_ctrl_wb[0] && (i_MEM_WB_rd_addr == i_ID_rs1_addr))begin
                o_ID_forward = 1;
                o_ID_forward_data = i_WB_rd_data;
            end
        end
    end
end

always @(*) begin
    o_ID_forward_data2 = 0;
    o_ID_forward2 = 0;
    haz2 = 0;
    if(i_ID_branch)begin
        if(i_ID_rs2_addr) begin
            if(i_ID_EX_ctrl_wb[0] && (i_ID_EX_rd_addr == i_ID_rs2_addr))begin
                //$display("how come? jalr right after assign that reg");
                haz2 = 1;
            end
            else if (i_EX_MEM_ctrl_wb[0] && (i_EX_MEM_rd_addr == i_ID_rs2_addr))begin
                if(i_EX_MEM_ctrl_wb[1]) begin
                    //$display("how come? jalr to a load data");
                    haz2 = 1;
                end
                else begin
                    o_ID_forward2 = 1;
                    o_ID_forward_data2 = i_EX_MEM_aluout;
                end
            end
            else if (i_MEM_WB_ctrl_wb[0] && (i_MEM_WB_rd_addr == i_ID_rs2_addr))begin
                o_ID_forward2 = 1;
                o_ID_forward_data2 = i_WB_rd_data;
            end
        end
    end
end
    
endmodule

module EXForward (
    i_ID_EX_rs1_addr,
    i_ID_EX_rs2_addr,
    i_ID_EX_ctrl_wb,
    i_ID_jalr,
    i_ID_branch,
    i_ID_EX_rd_addr,
    i_IF_ID_rs1_addr,
    i_IF_ID_rs2_addr,
    i_EX_MEM_rd_addr,
    i_MEM_WB_rd_addr,
    i_EX_MEM_ctrl_wb,//{memtoreg,regwrite}
    i_MEM_WB_ctrl_wb,
    i_EX_MEM_aluout,
    i_WB_rd_data,
    o_EX_forward1,
    o_EX_forward2,
    o_EX_forward_data1,
    o_EX_forward_data2,
    o_EX_haz,
    i_dstall,
    i_ID_EX_rs1_data,
    i_ID_EX_rs2_data,
    i_ctrl,
    i_imm,
    o_alu_out
);

input [4:0] i_ID_EX_rs1_addr,i_ID_EX_rs2_addr;
input [4:0] i_IF_ID_rs1_addr,i_IF_ID_rs2_addr;
input [4:0] i_EX_MEM_rd_addr,i_MEM_WB_rd_addr;
input [1:0] i_EX_MEM_ctrl_wb,i_MEM_WB_ctrl_wb;
output reg o_EX_forward1,o_EX_forward2;
output reg [31:0] o_EX_forward_data1,o_EX_forward_data2;
output o_EX_haz;
input [31:0] i_EX_MEM_aluout;
input [31:0] i_WB_rd_data;
input i_ID_jalr,i_ID_branch;
input [4:0] i_ID_EX_rd_addr;
input [1:0] i_ID_EX_ctrl_wb;
input i_dstall;
input [31:0] i_ID_EX_rs1_data,i_ID_EX_rs2_data;
input [5:0] i_ctrl;
input [31:0] i_imm;
output reg [31:0] o_alu_out;

wire alusrc = i_ctrl[0];
wire alupc = i_ctrl[5];
wire [3:0] aluctrl = i_ctrl[4:1];

reg haz1,haz2;
wire [31:0] rs2_modify;
wire [31:0] alu_in2;

wire [31:0] rs1_exmem_out,rs1_memwb_out,exmem_rs2_out,memwb_rs2_out,memwb_exmem_out,exmem_memwb_out,rs1_rs2_out;
reg [31:0] rs1_data_revised,rs2_data_revised;
wire [31:0] rs1_rs2_out_revised;
reg rs1_mem,rs2_mem,rs1_wb,rs2_wb;

ALU_fast   rs1_rs2_revised    (.in1(rs1_data_revised),.in2(alu_in2),     .out(rs1_rs2_out_revised),    .ctrl(aluctrl));
ALU_simple rs1_rs2     (.in1(i_ID_EX_rs1_data),.in2(rs2_modify),     .out(rs1_rs2_out),    .ctrl(aluctrl));
ALU_simple rs1_exmem   (.in1(i_ID_EX_rs1_data),.in2(i_EX_MEM_aluout),.out(rs1_exmem_out),  .ctrl(aluctrl));
ALU_simple rs1_memwb   (.in1(i_ID_EX_rs1_data),.in2(i_WB_rd_data),   .out(rs1_memwb_out),  .ctrl(aluctrl));
ALU_simple exmem_rs2   (.in1(i_EX_MEM_aluout),.in2(rs2_modify),      .out(exmem_rs2_out),  .ctrl(aluctrl));
ALU_simple memwb_rs2   (.in1(i_WB_rd_data),   .in2(rs2_modify),      .out(memwb_rs2_out),  .ctrl(aluctrl));
ALU_simple memwb_exmem (.in1(i_WB_rd_data),   .in2(i_EX_MEM_aluout), .out(memwb_exmem_out),.ctrl(aluctrl));
ALU_simple exmem_memwb (.in1(i_EX_MEM_aluout),.in2(i_WB_rd_data),    .out(exmem_memwb_out),.ctrl(aluctrl));
assign o_EX_haz = haz1 || haz2;
assign alu_in2 = (alusrc)? i_imm : rs2_data_revised;
assign rs2_modify = (alusrc)? i_imm : i_ID_EX_rs2_data;

localparam ALU_ADD = 4'b0000;
localparam ALU_SUB = 4'b0001;
localparam ALU_SLT = 4'b0100;

always @(*) begin
    if ((aluctrl == ALU_ADD) || (aluctrl == ALU_SUB) || (aluctrl == ALU_SLT))begin
        if (alusrc)begin
            if(rs1_mem)begin
                o_alu_out = exmem_rs2_out;
            end
            else if (rs1_wb)begin
                o_alu_out = memwb_rs2_out;
            end
            else begin
                o_alu_out = rs1_rs2_out;
            end
        end
        else begin
            case ({rs1_mem,rs2_mem,rs1_wb,rs2_wb})
                4'b0000:begin
                    o_alu_out = rs1_rs2_out;
                end 
                4'b0100:begin
                    o_alu_out = rs1_exmem_out;
                end
                4'b1000:begin
                    o_alu_out = exmem_rs2_out;
                end
                4'b0010:begin
                    o_alu_out = memwb_rs2_out;
                end
                4'b0001:begin
                    o_alu_out = rs1_memwb_out;
                end
                4'b1001:begin
                    o_alu_out = exmem_memwb_out;
                end
                4'b0110:begin
                    o_alu_out = memwb_exmem_out;
                end
                default: o_alu_out = rs1_rs2_out;
            endcase
        end
    end
    else begin
        o_alu_out = rs1_rs2_out_revised;
    end
end


always @(*) begin
    o_EX_forward1 = 0;
    rs1_mem = 0;
    rs1_wb = 0;
    rs1_data_revised = i_ID_EX_rs1_data;
    o_EX_forward_data1 = 0; //default value, not used 
    if (i_ID_EX_rs1_addr) begin // not x0
        if((i_ID_EX_rs1_addr == i_EX_MEM_rd_addr) && i_EX_MEM_ctrl_wb[0])begin
            o_EX_forward1 = 1;
            o_EX_forward_data1 = i_EX_MEM_aluout;
            rs1_data_revised = i_EX_MEM_aluout;
            rs1_mem = 1;
        end
        else if ((i_ID_EX_rs1_addr == i_MEM_WB_rd_addr) && i_MEM_WB_ctrl_wb[0])begin
            o_EX_forward1 = 1;
            o_EX_forward_data1 = i_WB_rd_data;
            rs1_data_revised = i_WB_rd_data;
            rs1_wb = 1;
        end
    end
end

always @(*) begin
    o_EX_forward2 = 0;
    o_EX_forward_data2 = i_EX_MEM_aluout;
    rs2_data_revised = i_ID_EX_rs2_data;
    rs2_mem = 0;
    rs2_wb = 0;
    if (i_ID_EX_rs2_addr) begin
        if((i_ID_EX_rs2_addr == i_EX_MEM_rd_addr) && i_EX_MEM_ctrl_wb[0])begin
            o_EX_forward2 = 1;
            o_EX_forward_data2 = i_EX_MEM_aluout;
            rs2_data_revised = i_EX_MEM_aluout;
            rs2_mem = 1;
        end
        else if ((i_ID_EX_rs2_addr == i_MEM_WB_rd_addr) && i_MEM_WB_ctrl_wb[0])begin
            o_EX_forward2 = 1;
            o_EX_forward_data2 = i_WB_rd_data;
            rs2_data_revised = i_WB_rd_data;
            rs2_wb = 1;
        end
    end
end

always @(*) begin
    haz1 = 0;
    haz2 = 0;
    if(i_IF_ID_rs1_addr)begin
        if((i_IF_ID_rs1_addr == i_ID_EX_rd_addr) && i_ID_EX_ctrl_wb[1] && !i_ID_jalr && !i_ID_branch)begin
            haz1 = 1;
        end
        else if ((i_IF_ID_rs1_addr == i_EX_MEM_rd_addr) && i_dstall) begin
            haz1 = 1;
        end
    end
    if(i_IF_ID_rs2_addr)begin
        if((i_IF_ID_rs2_addr == i_ID_EX_rd_addr) && i_ID_EX_ctrl_wb[1] && !i_ID_jalr && !i_ID_branch)begin
            haz2 = 1;
        end
        else if ((i_IF_ID_rs2_addr == i_EX_MEM_rd_addr) && i_dstall) begin
            haz2 = 1;
        end
    end
end
    
endmodule

module BranchPredict (
    i_ID_EX_branch,
    i_EX_jump,
    o_branch_stall
);
input i_ID_EX_branch,i_EX_jump;
output o_branch_stall;

assign o_branch_stall = i_ID_EX_branch && i_EX_jump;
    
endmodule